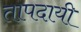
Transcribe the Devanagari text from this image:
तापदायी